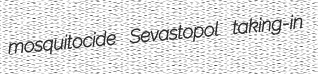
mosquitocide Sevastopol taking-in